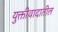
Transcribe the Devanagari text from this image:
युक्तीवादातील